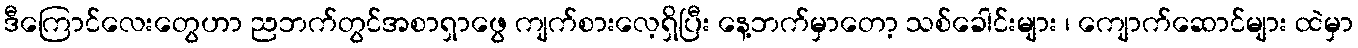
ဒီကြောင်လေးတွေဟာ ညဘက်တွင်အစာရှာဖွေ ကျက်စားလေ့ရှိပြီး နေ့ဘက်မှာတော့ သစ်ခေါင်းများ ၊ ကျောက်ဆောင်များ ထဲမှာ